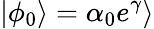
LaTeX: |\phi_{0}\rangle=\alpha_{0}e^{\gamma}\rangle